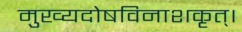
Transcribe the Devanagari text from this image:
मुख्यदोषविनाशकृत्।